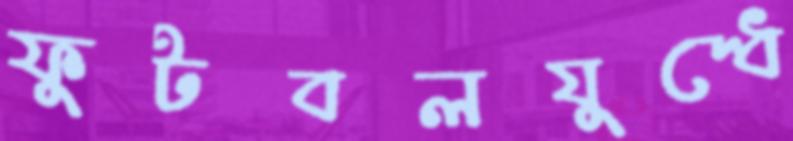
ফুটবলযুদ্ধে